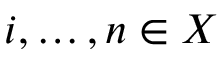
i , \dots , n \in X